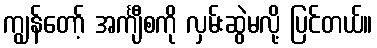
ကျွန်တော့် အင်္ကျီစကို လှမ်းဆွဲမလို့ ပြင်တယ်။